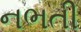
નભતી